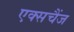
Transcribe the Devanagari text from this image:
एक्सचैंज